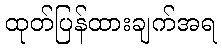
ထုတ်ပြန်ထားချက်အရ